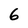
Character: 6